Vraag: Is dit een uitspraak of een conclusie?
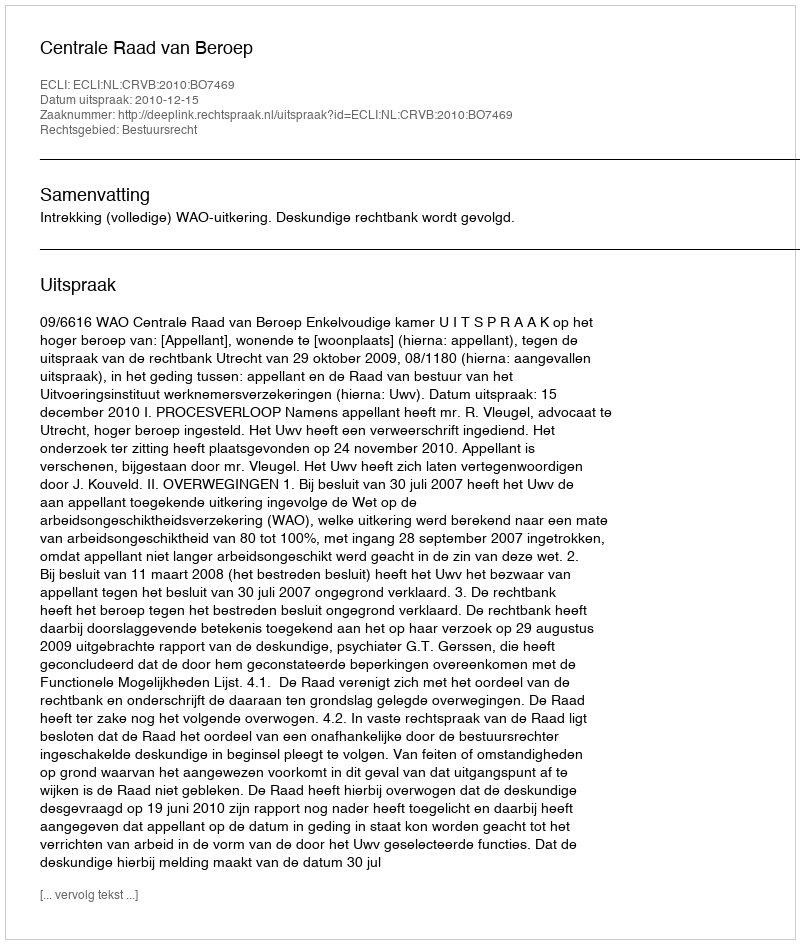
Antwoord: Uitspraak